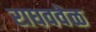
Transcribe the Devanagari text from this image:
राघववेळ